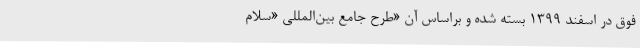
فوق در اسفند 1399 بسته شده و براساس آن «طرح جامع بین‌المللی «سلام